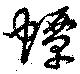
蟫